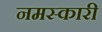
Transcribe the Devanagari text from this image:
नमस्कारी